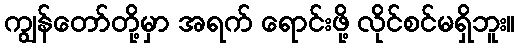
ကျွန်တော်တို့မှာ အရက် ရောင်းဖို့ လိုင်စင်မရှိဘူး။